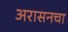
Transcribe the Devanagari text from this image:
अरासनचा